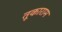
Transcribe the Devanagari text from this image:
तूकाराम